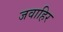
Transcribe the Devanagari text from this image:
जवाहिर